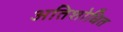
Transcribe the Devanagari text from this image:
अतिशोधित